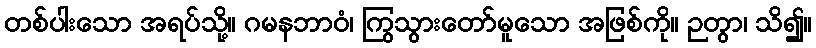
တစ်ပါးသော အရပ်သို့။ ဂမနဘာဝံ၊ ကြွသွားတော်မူသော အဖြစ်ကို။ ဉတွာ၊ သိ၍။